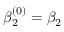
\beta _ { 2 } ^ { ( 0 ) } = \beta _ { 2 }